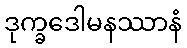
ဒုက္ခဒေါမနဿာနံ